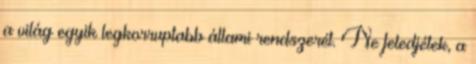
a világ egyik legkorruptabb állami rendszerét. Ne feledjétek, a